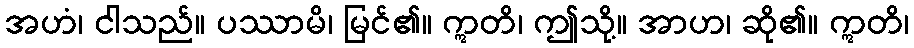
အဟံ၊ ငါသည်။ ပဿာမိ၊ မြင်၏။ ဣတိ၊ ဤသို့။ အာဟ၊ ဆို၏။ ဣတိ၊